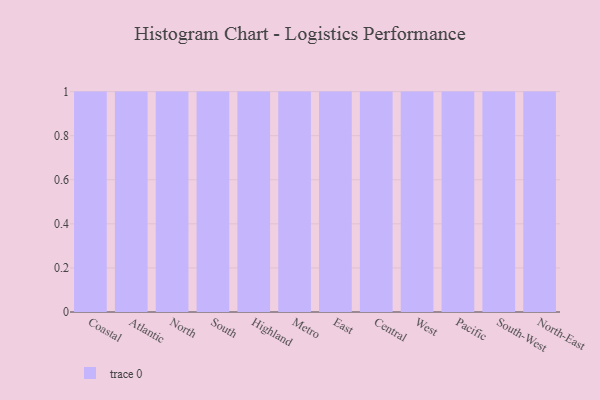
{"axis": {"x": "Region", "y": "Humidity (%)"}, "legend": [""], "data": [{"x": "Coastal", "y": 3, "type": ""}, {"x": "Atlantic", "y": 25, "type": ""}, {"x": "North", "y": 38, "type": ""}, {"x": "South", "y": 25, "type": ""}, {"x": "Highland", "y": 16, "type": ""}, {"x": "Metro", "y": 74, "type": ""}, {"x": "East", "y": 27, "type": ""}, {"x": "Central", "y": 24, "type": ""}, {"x": "West", "y": 41, "type": ""}, {"x": "Pacific", "y": 19, "type": ""}, {"x": "South-West", "y": 36, "type": ""}, {"x": "North-East", "y": 89, "type": ""}]}